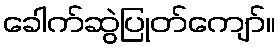
ခေါက်ဆွဲပြုတ်ကျော်။